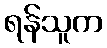
ရန်သူက